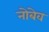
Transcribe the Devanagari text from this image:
नोबेव